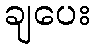
ချပေး